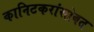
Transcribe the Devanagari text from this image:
कानिटकरांसोबत